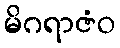
မိဂရာဇံဝ